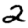
Digit: 2